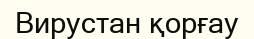
Вирустан қорғау